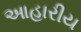
આહારીય